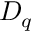
D _ { q }